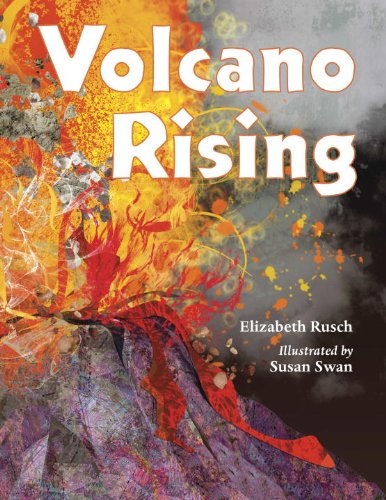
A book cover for Volcano Rising; Elizabeth Rusch; Science & Math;